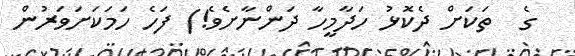
ގެ  ތަކަށް ދެކޮޅު ހަދާމީހާ ދަންނާށެވެ!) ފަހެ ހަމަކަށަވަރުން